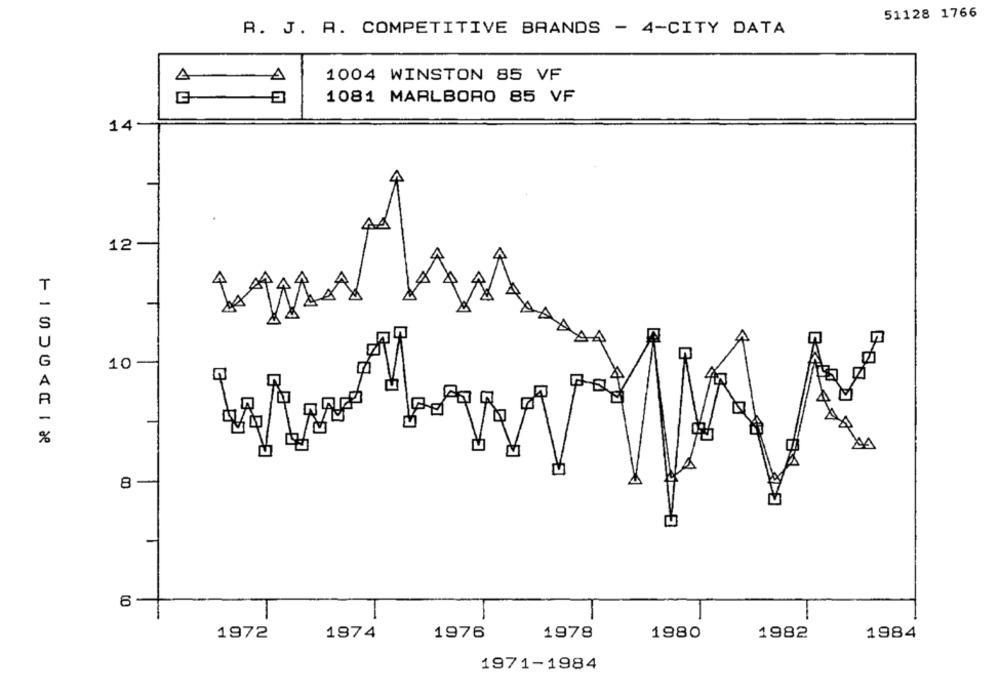
51128 1766
R. J. A. COMPETITIVE BRANDS - 4-CITY DATA
1004 WINSTON 85 VF
A
1081 MARLBORO 85 VF
14
12-
T
S
A
G
10
A
8-
to
1972
1974
1976
1978
1980
1982
1984
1971-1984